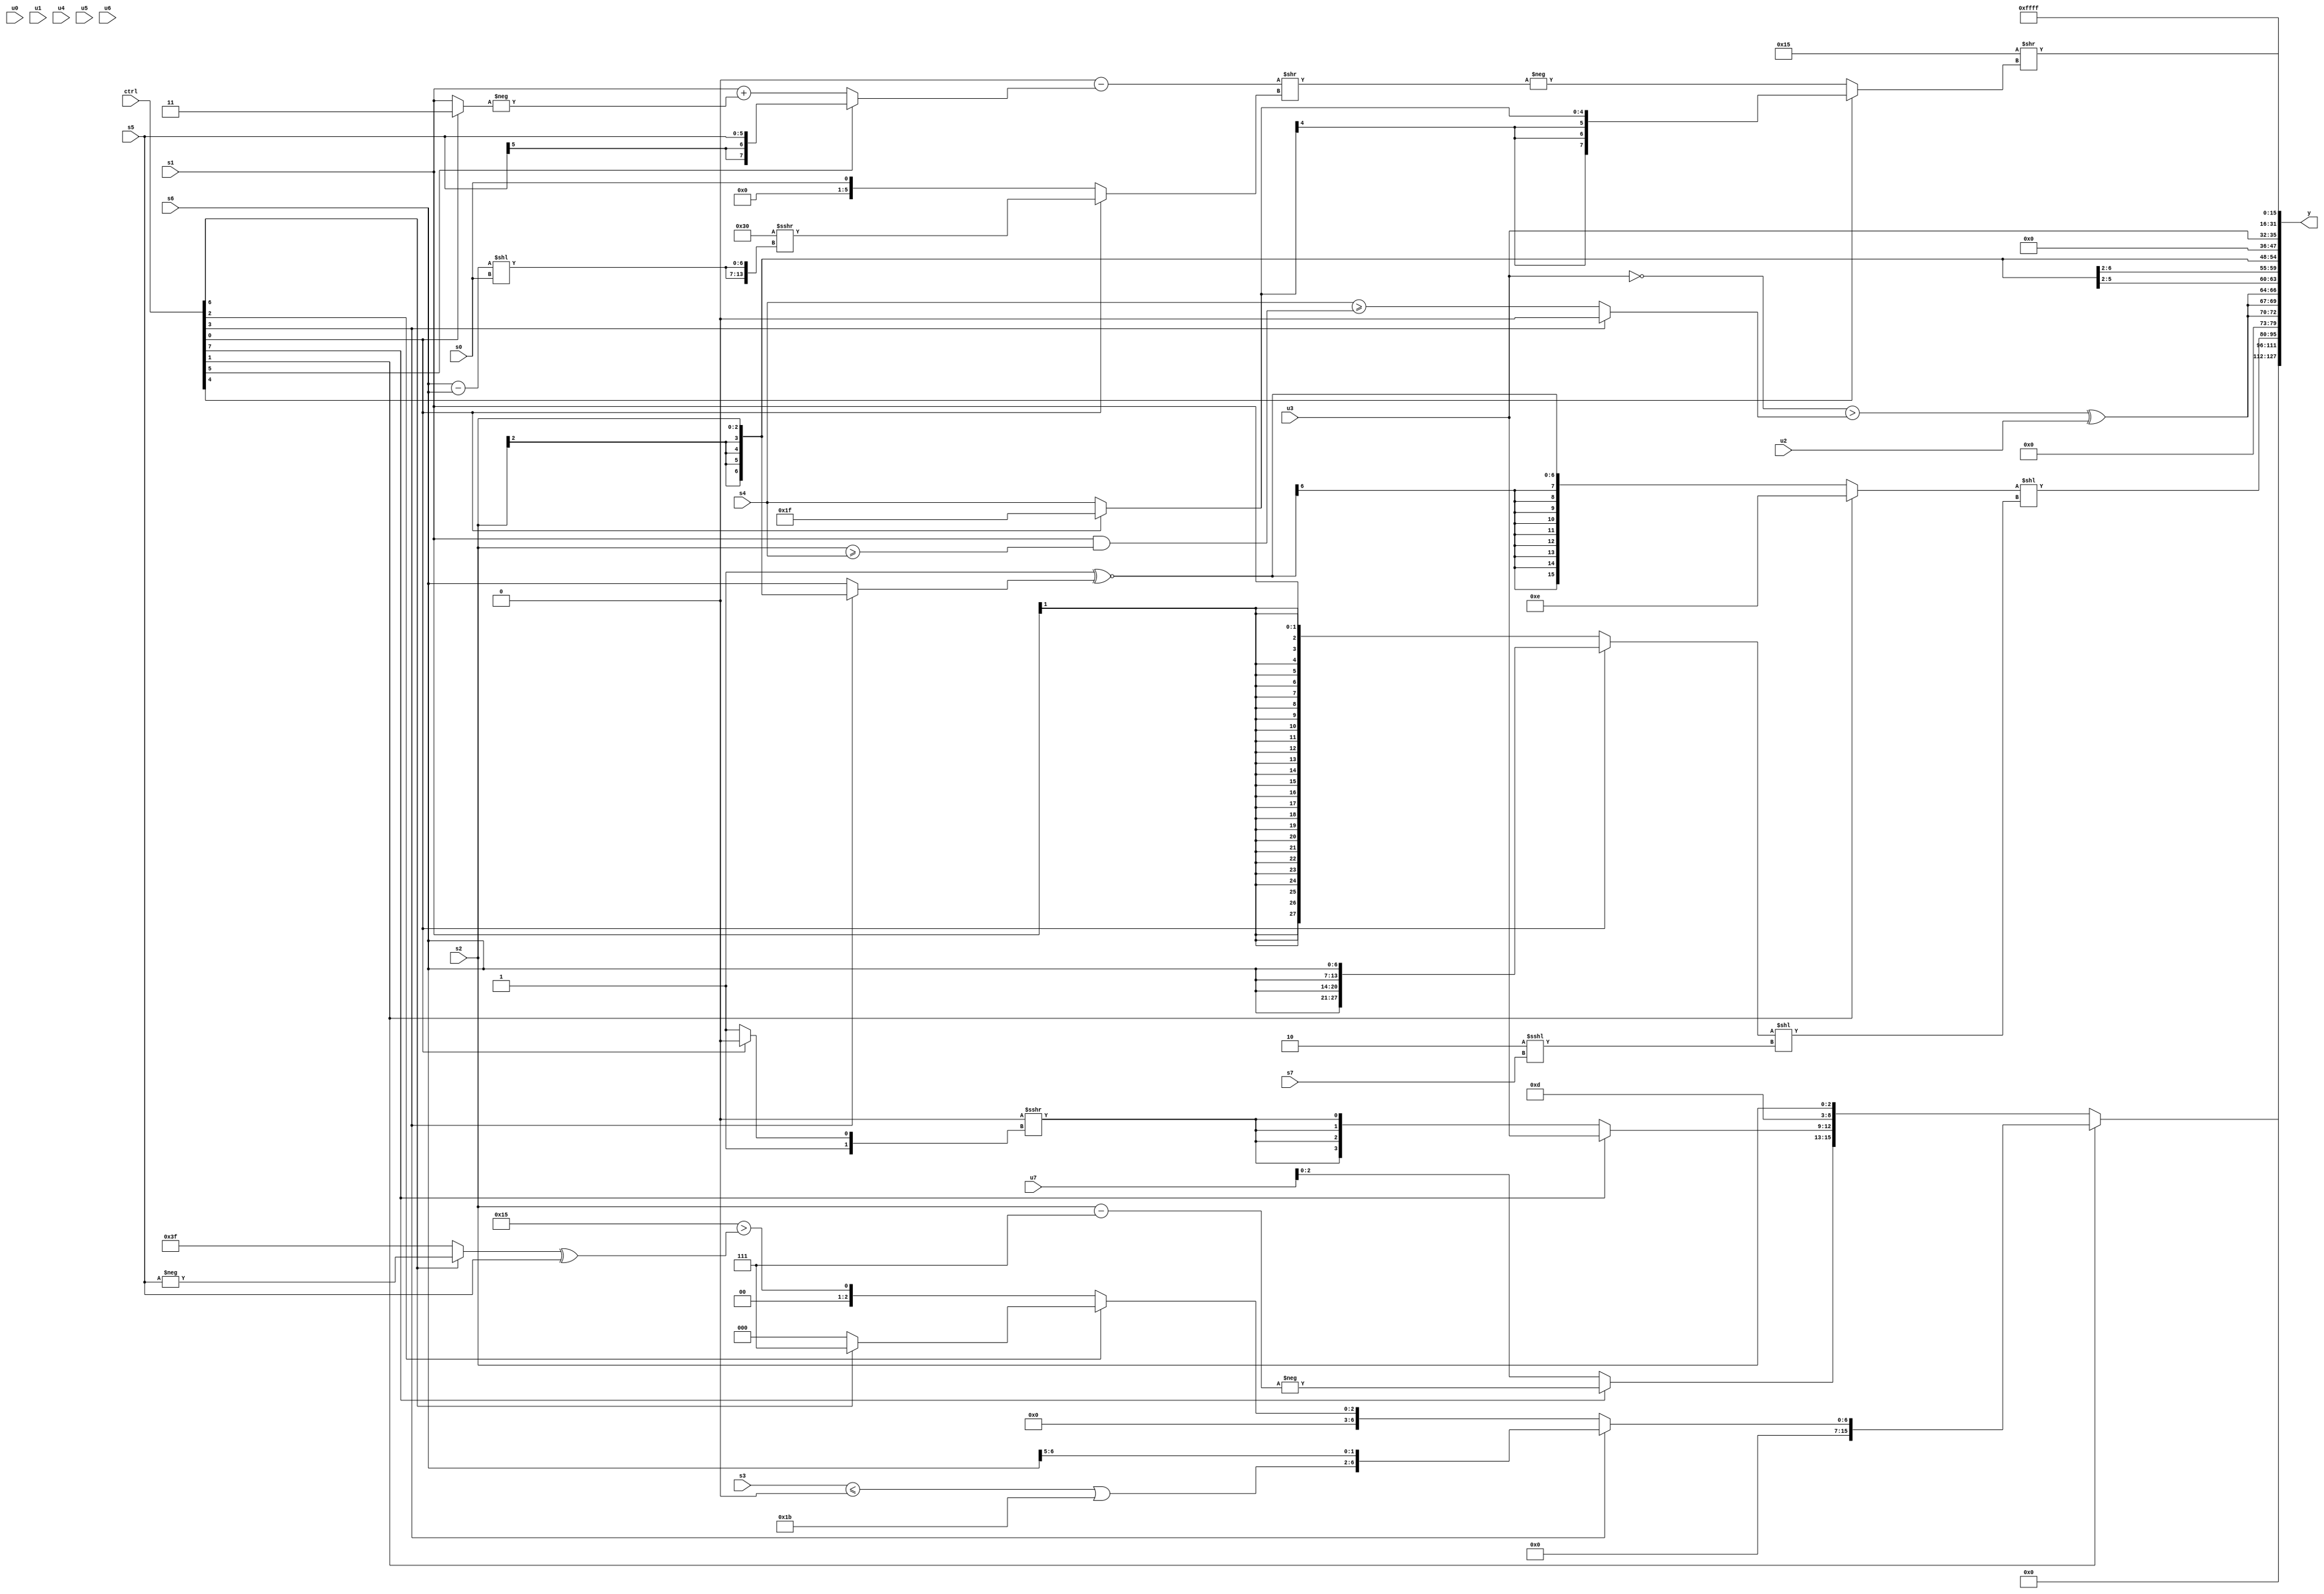
module wideexpr_00344(ctrl, u0, u1, u2, u3, u4, u5, u6, u7, s0, s1, s2, s3, s4, s5, s6, s7, y);
  input [7:0] ctrl;
  input [0:0] u0;
  input [1:0] u1;
  input [2:0] u2;
  input [3:0] u3;
  input [4:0] u4;
  input [5:0] u5;
  input [6:0] u6;
  input [7:0] u7;
  input signed [0:0] s0;
  input signed [1:0] s1;
  input signed [2:0] s2;
  input signed [3:0] s3;
  input signed [4:0] s4;
  input signed [5:0] s5;
  input signed [6:0] s6;
  input signed [7:0] s7;
  output [127:0] y;
  wire [15:0] y0;
  wire [15:0] y1;
  wire [15:0] y2;
  wire [15:0] y3;
  wire [15:0] y4;
  wire [15:0] y5;
  wire [15:0] y6;
  wire [15:0] y7;
  assign y = {y0,y1,y2,y3,y4,y5,y6,y7};
  assign y0 = $signed((ctrl[1]?(ctrl[3]?{({{((s3)<=(2'b00))|(5'sb11011),s6,4'b1101},-((ctrl[2]?$signed(2'sb01):(ctrl[2]?s3:3'b010))),(((s4)>>(u2))<<($unsigned(s6)))<<<((ctrl[4]?{3{5'sb00101}}:(2'sb11)==(s6))),2'sb10})>>>($signed(5'sb10100))}:(ctrl[2]?{1{$signed((ctrl[6]?1'sb1:(ctrl[0]?(s0)<<(4'sb1111):$signed(3'sb000))))}}:(5'sb10101)>(((ctrl[6]?$signed(-(s5)):$signed($signed(1'b1))))^(s5)))):{{4{{(($signed(-(5'b11110)))>>>(1'sb0))-(~|((ctrl[6]?+(1'sb0):s6))),(-(((2'sb11)|(s4))^~(s4)))>>((($signed(2'sb11))>>>((ctrl[5]?s6:6'b111001)))&((4'b1000)+(^(s2)))),s5,2'sb01}}},s2,{{4{(ctrl[7]?-(($signed(s2))-(4'sb0111)):{{1{u7}}})}},(ctrl[7]?u3:{4{($signed((s0)>>(4'b1111)))>>>($signed((ctrl[0]?4'sb0010:3'sb011)))}}),6'sb001101,s2}}));
  assign y1 = ~^(4'sb1101);
  assign y2 = ((ctrl[1]?6'sb001110:$signed((3'sb111)^~(+((ctrl[3]?s2:s6))))))<<(+(((ctrl[0]?$signed({4{s6}}):s1))<<((2'sb10)<<<(s7))));
  assign y3 = {3{((~(+($signed($signed(u3)))))>((ctrl[3]?(u0)>>(2'sb01):(s4)>=(($signed(s1))&((s2)>=(s4))))))^(u2)}};
  assign y4 = s2;
  assign y5 = u3;
  assign y6 = (6'sb010101)>>((ctrl[4]?(ctrl[0]?3'sb111:s4):-(((((s7)^~(4'sb0110))<<(-(6'sb100101)))-((ctrl[5]?s5:(s1)+(-((ctrl[0]?1'sb1:s1))))))>>((ctrl[0]?(6'b110000)>>>({2{((s6)-(s6))<<(s0)}}):(2'sb00)|({1{s0}}))))));
  assign y7 = +(6'sb111111);
endmodule